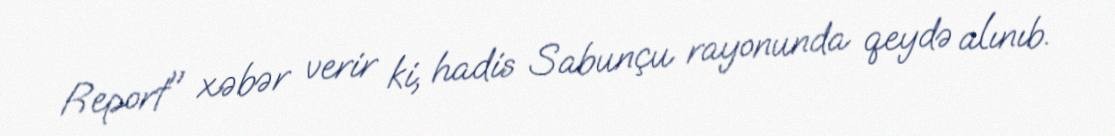
Report" xəbər verir ki, hadis Sabunçu rayonunda qeydə alınıb.